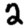
Digit: 2